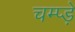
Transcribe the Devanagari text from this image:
चम्प्ड़े